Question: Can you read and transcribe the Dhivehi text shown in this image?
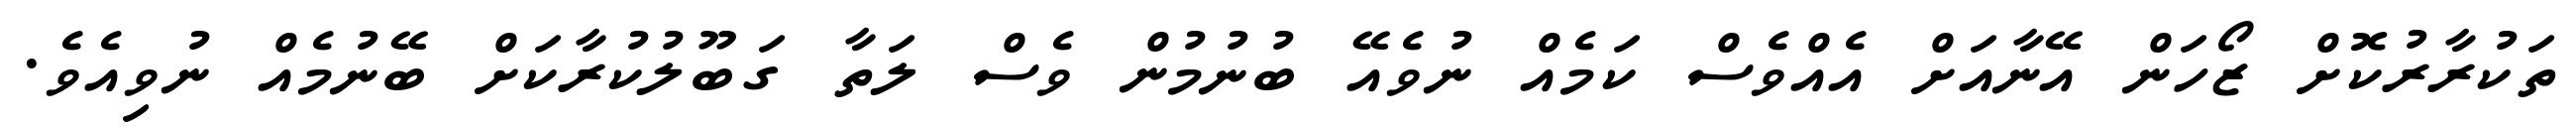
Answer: ތަކުރާރުކޮށް ޒޯހަން އޭނާއަށް އެއްވެސް ކަމެއް ނުވެއޭ ބުނުމުން ވެސް ލަތާ ގަބޫލުކުރާކަށް ބޭނުމެއް ނުވިއެވެ.